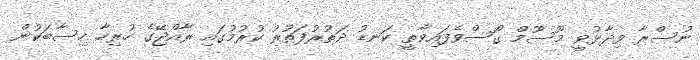
ނުސްރާ ވިދާޅުވީ މޫސޫމް ގޯސްވެފައިވާތީ ކަނޑު ދަތުރުފަތުރު ކުރުމުގައި ރާއްޖޭގެ ހުރިހާ ހިސާބަކުން